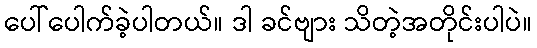
ပေါ်ပေါက်ခဲ့ပါတယ်။ ဒါ ခင်ဗျား သိတဲ့အတိုင်းပါပဲ။